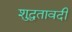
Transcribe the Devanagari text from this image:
शुद्धतावदी